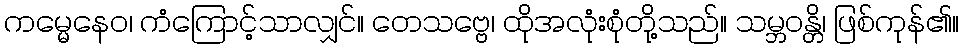
ကမ္မေနေဝ၊ ကံကြောင့်သာလျှင်။ တေသဗ္ဗေ၊ ထိုအလုံးစုံတို့သည်။ သမ္ဘဝန္တိ၊ ဖြစ်ကုန်၏။